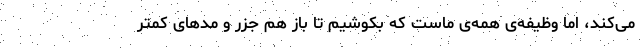
می‌کند، اما وظیفه‌ی همه‌ی ماست که بکوشیم تا باز هم جزر و مدهای کمتر